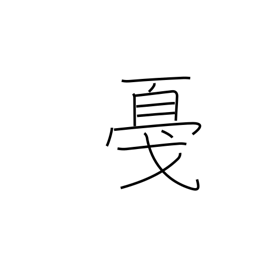
Meaning: tap or strike lightly